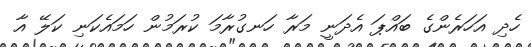
ހެދި އަހަރެންގެ ބައްޕަ އެދަނީ މަރާ ހަނގުރާމަ ކުރަމުން ހަމައެކަނި ކަލޭ އާ